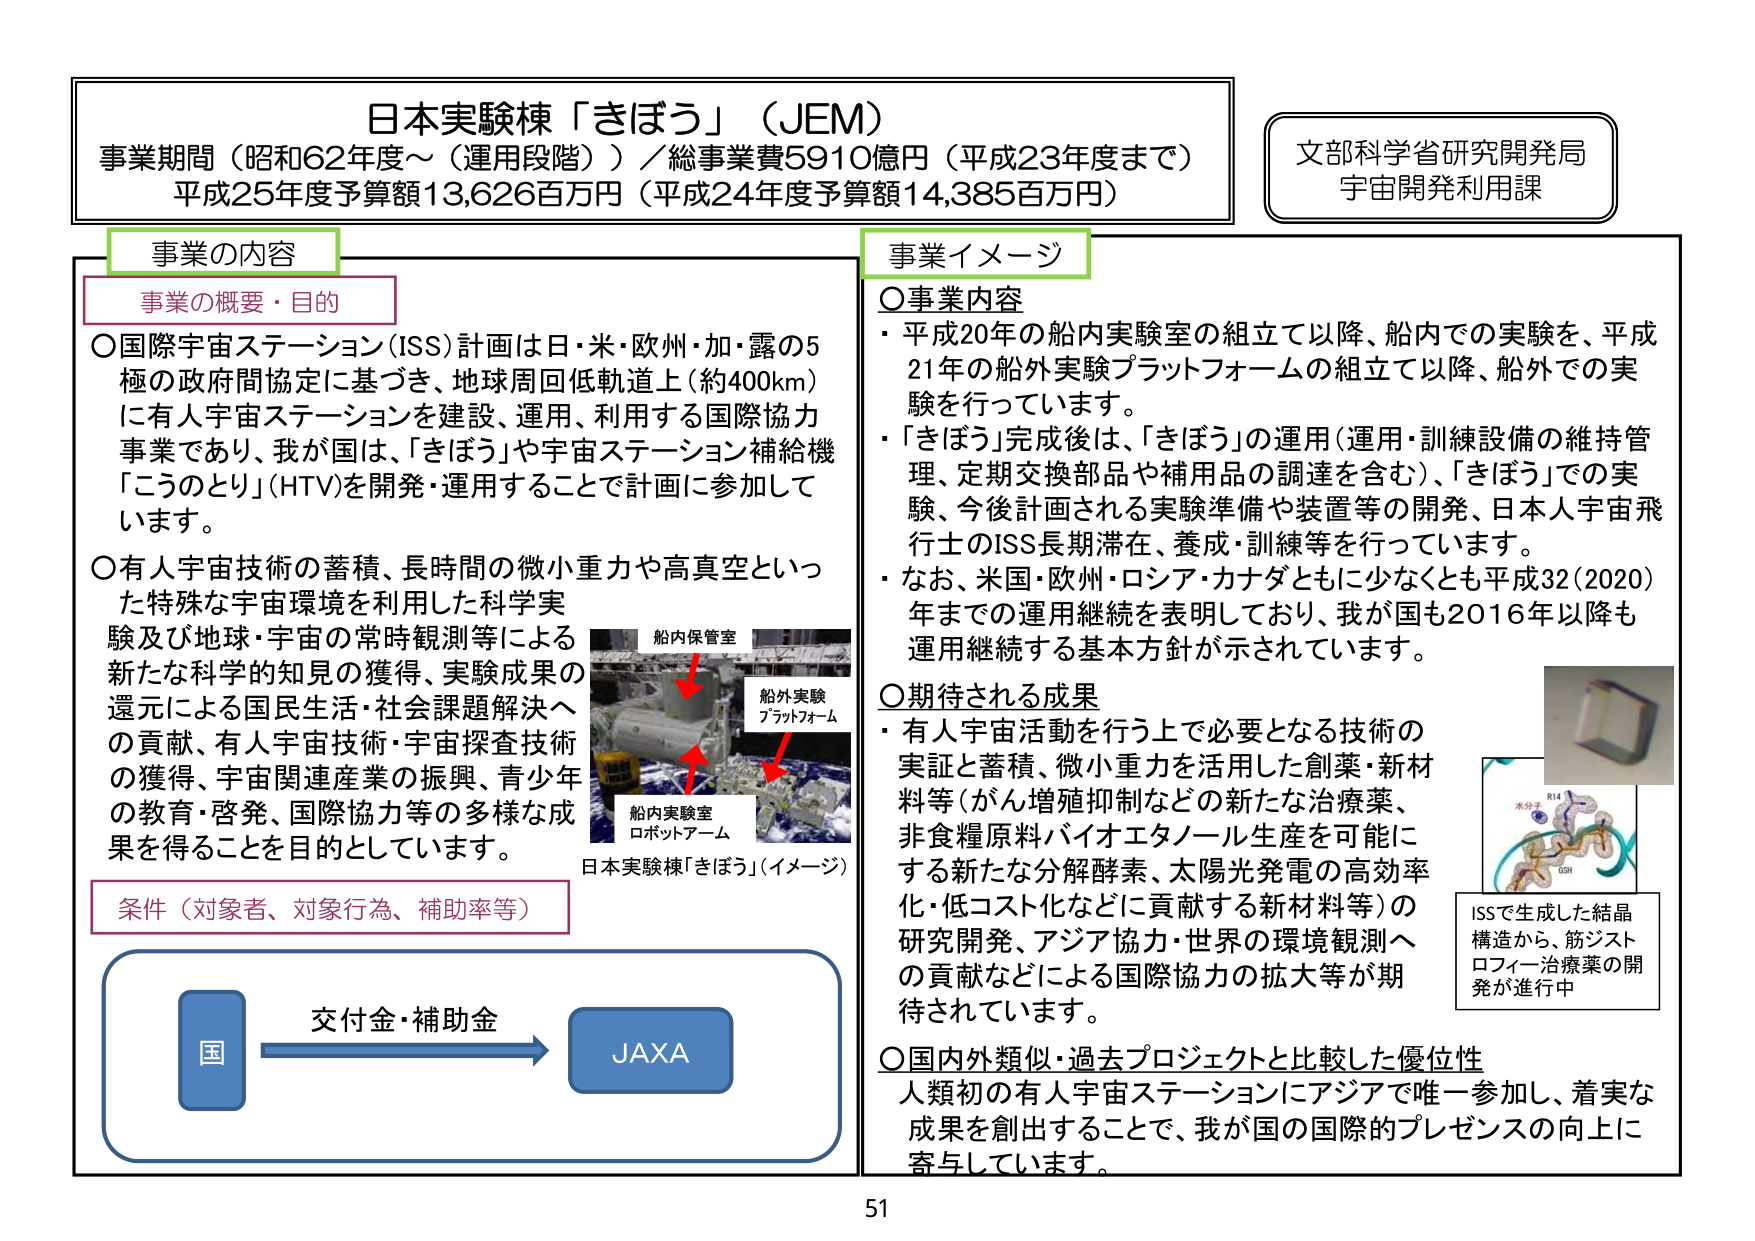
日本実験棟「きぼう」（JEM）
事業期間（昭和62年度～（運用段階））／総事業費5910億円（平成23年度まで）
平成25年度予算額13,626百万円（平成24年度予算額14,385百万円）

文部科学省研究開発局
宇宙開発利用課

事業の内容
事業の概要・目的
○国際宇宙ステーション（ISS）計画は日・米・欧州・加・露の5極の政府間協定に基づき、地球周回低軌道上（約400km）に有人宇宙ステーションを建設、運用、利用する国際協力事業であり、我が国は、「きぼう」や宇宙ステーション補給機「こうのとり」（HTV）を開発・運用することで計画に参加しています。
○有人宇宙技術の蓄積、長時間の微小重力や高真空といった特殊な宇宙環境を利用した科学実験及び地球・宇宙の常時観測等による新たな科学的知見の獲得、実験成果の還元による国民生活・社会課題解決への貢献、有人宇宙技術・宇宙探査技術の獲得、宇宙関連産業の振興、青少年の教育・啓発、国際協力等の多様な成果を得ることを目的としています。

条件（対象者、対象行為、補助率等）
国 → 交付金・補助金 → JAXA

事業イメージ
○事業内容
・平成20年の船内実験室の組立て以降、船内での実験を、平成21年の船外実験プラットフォームの組立て以降、船外での実験を行っています。
・「きぼう」完成後は、「きぼう」の運用（運用・訓練設備の維持管理、定期交換部品や補用品の調達を含む）、「きぼう」での実験、今後計画される実験準備や装置等の開発、日本人宇宙飛行士のISS長期滞在、養成・訓練等を行っています。
・なお、米国・欧州・ロシア・カナダともに少なくとも平成32（2020）年までの運用継続を表明しており、我が国も2016年以降も運用継続する基本方針が示されています。

○期待される成果
・有人宇宙活動を行う上で必要となる技術の実証と蓄積、微小重力を利用した創薬・新材料等（がん増殖抑制などの新たな治療薬、非食糧原料バイオエタノール生産を可能にする新たな分解酵素、太陽光発電の高効率化・低コスト化などに貢献する新材料等）の研究開発、アジア協力・世界の環境観測への貢献などによる国際協力の拡大等が期待されています。

○国内外類似・過去プロジェクトと比較した優位性
人類初の有人宇宙ステーションにアジアで唯一参加し、着実な成果を創出することで、我が国の国際的プレゼンスの向上に寄与しています。

船内保管室
船外実験プラットフォーム
船内実験室
ロボットアーム
日本実験棟「きぼう」（イメージ）

ISSで生成した結晶構造から、筋ジストロフィー治療薬の開発が進行中

51